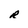
Character: R